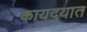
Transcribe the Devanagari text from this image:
कायदयात